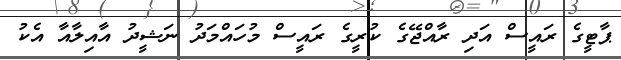
ޕާޓީގެ ރައީސް އަދި ރާއްޖޭގެ ކުރީގެ ރައީސް މުހައްމަދު ނަޝީދު އާއިލާއާ އެކު